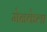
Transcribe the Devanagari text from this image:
मेनकेला